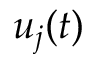
u _ { j } ( t )